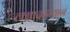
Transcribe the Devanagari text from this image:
लग्नादरम्यान